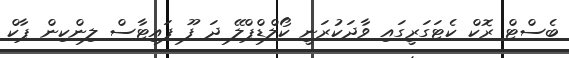
ބެސްޓް ރޮކް ކެޓަގަރީގައި ވާދަކުރަނީ ކޯލްޑްޕްލޭ ދަ ފޫ ފައިޓާސް ލިންކިން ޕާކް